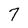
Character: 7